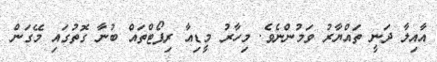
އާއިލާ ދަނީ ތައްޔާރު ވަމުންނެވެ. މިހާރު މީޑިއާ ރިޕޯޓްތައް ބުނާ ގޮތުގައި މޭގަން